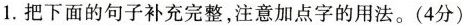
1.把下面的句子补充完整，注意加点字的用法。(4分)